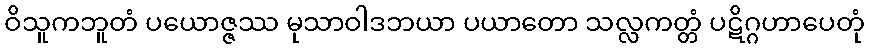
ဝိသူကဘူတံ ပယောဇ္ဇဿ မုသာဝါဒဘယာ ပယာတော သလ္လကတ္တံ ပဋိဂ္ဂဟာပေတုံ